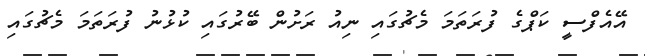
އޭއެފްސީ ކަޕްގެ ފުރަތަމަ މެޗުގައި ނިއު ރަށުން ބޭރުގައި ކުޅުނު ފުރަތަމަ މެޗުގައި